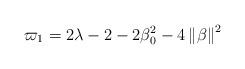
LaTeX: \begin{align*}\varpi _1 = 2\lambda-2-2\beta _0^2-4\left\| \beta \right\|^2\end{align*}